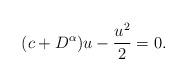
LaTeX: \begin{align*} (c+D^\alpha)u-\frac{u^2}{2}=0. \end{align*}